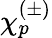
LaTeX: \chi_{p}^{(\pm)}